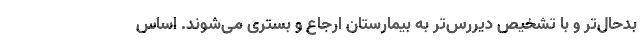
بدحال‌تر و با تشخیص دیررس‌تر به بیمارستان ارجاع و بستری می‌شوند. اساس